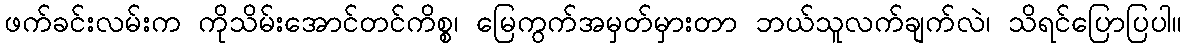
ဖက်ခင်းလမ်းက ကိုသိမ်းအောင်တင်ကိစ္စ၊ မြေကွက်အမှတ်မှားတာ ဘယ်သူလက်ချက်လဲ၊ သိရင်ပြောပြပါ။